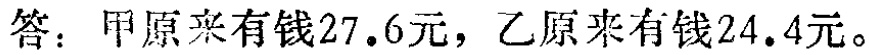
答：甲原来有钱\(27.6\)元，乙原来有钱\(24.4\)元。